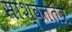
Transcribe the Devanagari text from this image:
साश्वततंत्र